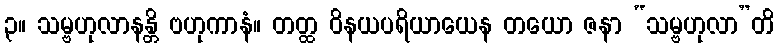
၃။ သမ္ဗဟုလာနန္တိ ဗဟုကာနံ။ တတ္ထ ဝိနယပရိယာယေန တယော ဇနာ “သမ္ဗဟုလာ”တိ